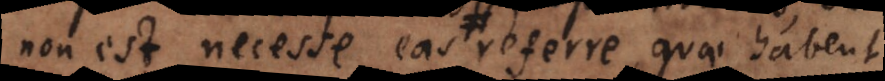
non est necesse eas referre, quae habent